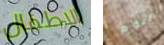
الاطفال اليوم